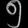
Digit: ၅